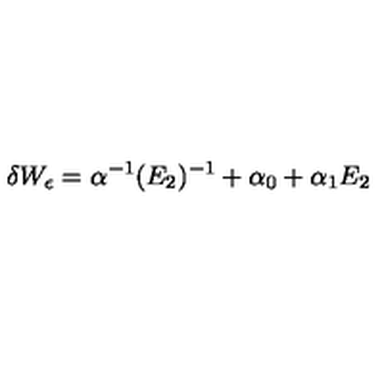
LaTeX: \delta W _ { \epsilon } = \alpha ^ { - 1 } ( E _ { 2 } ) ^ { - 1 } + \alpha _ { 0 } + \alpha _ { 1 } E _ { 2 }